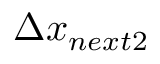
\Delta x _ { n e x t 2 }